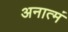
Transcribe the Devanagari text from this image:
अनात्मं